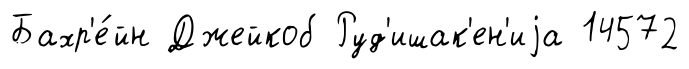
Бахр'е́йн Джейкоб Руд'ишак'ен'иjа 14572